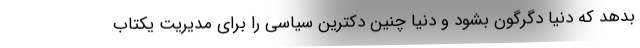
بدهد که دنیا دگرگون بشود و دنیا چنین دکترین سیاسی را برای مدیریت یکتاب